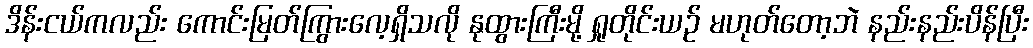
ဒိန်းငယ်ကလည်း ကောင်းမြတ်ကြွားလေ့ရှိသလို နုထွားကြီးမို့ ရှုတိုင်းယဉ် မဟုတ်တော့ဘဲ နည်းနည်းပိန်ပြီး